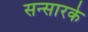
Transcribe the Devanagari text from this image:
सन्सारके